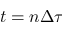
t = n \Delta \tau